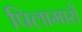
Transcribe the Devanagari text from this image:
पिलामारों